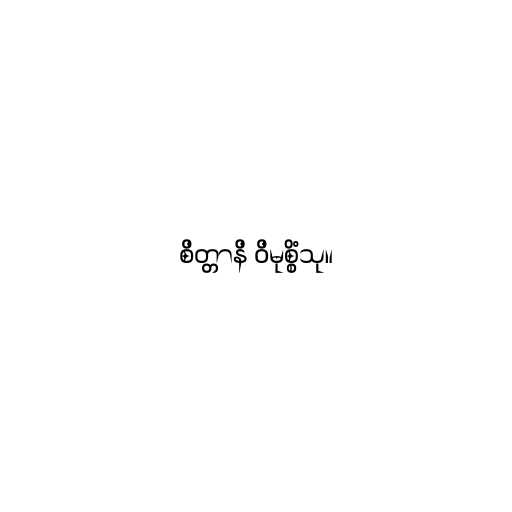
စိတ္တာနိ ဝိမုစ္စိံသု။